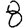
Digit: 8